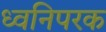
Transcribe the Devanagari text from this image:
ध्वनिपरक